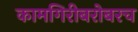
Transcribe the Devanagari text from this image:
कामगिरीबरोबरच